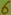
Text: 6